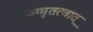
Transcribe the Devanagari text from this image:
अमृतत्वात्